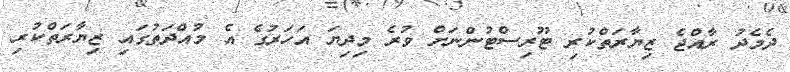
ދެމެދު ރާއްޖެ ޒިޔާރަތްކުރި ޓޫރިސްޓުންނަށް ވުރެ މިދިޔަ އަހަރުގެ އެ މުއްދަތުގައި ޒިޔާރަތްކުރި